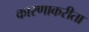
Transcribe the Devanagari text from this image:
कारणाकरीता